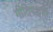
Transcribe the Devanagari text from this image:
गीतिपद्धति